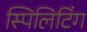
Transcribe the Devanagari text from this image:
स्पिलिटिंग